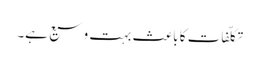
تکلّفات کا باعث بہت وسیع ہے۔